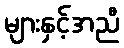
များနှင့်အညီ